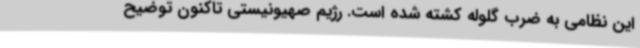
این نظامی به ضرب گلوله کشته شده است. رژیم صهیونیستی تاکنون توضیح